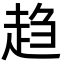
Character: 趋